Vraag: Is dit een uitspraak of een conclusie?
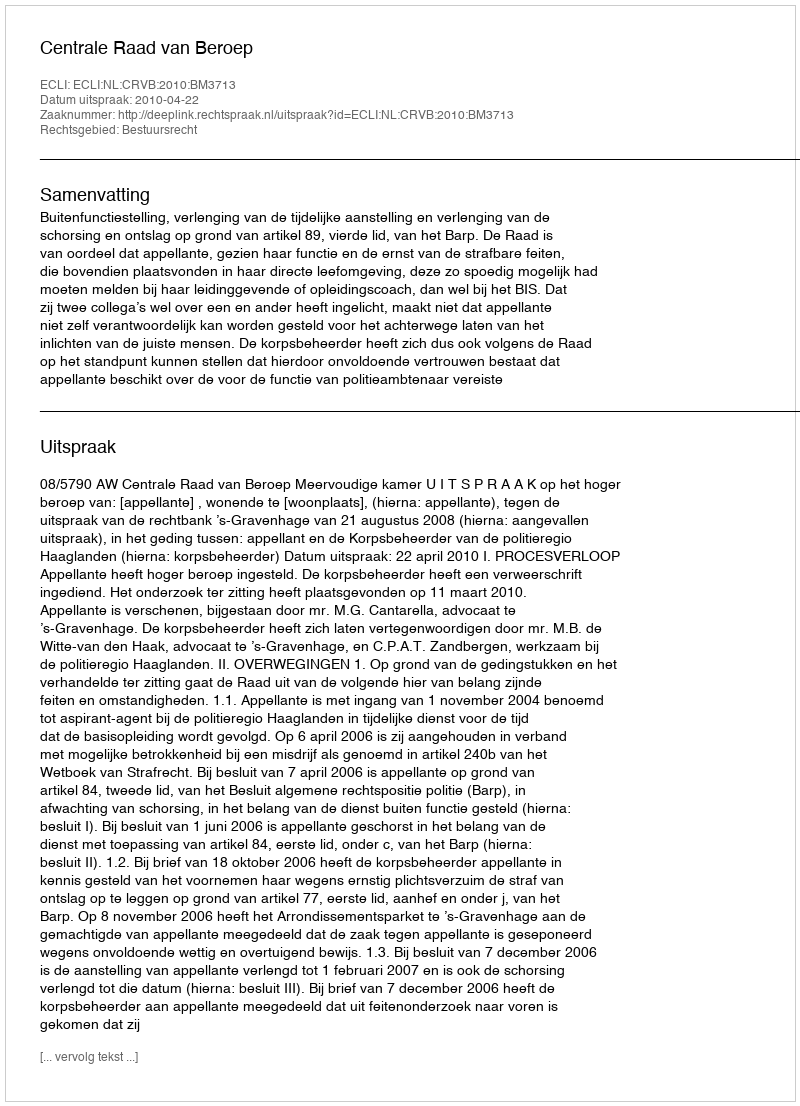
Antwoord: Uitspraak